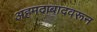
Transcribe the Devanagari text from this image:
अहमदाबादवरून